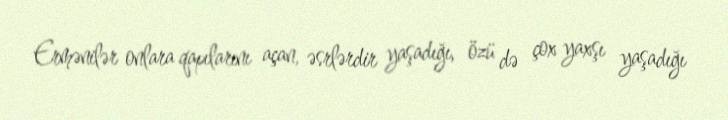
Ermənilər onlara qapılarını açan, əsrlərdir yaşadığı, özü də çox yaxşı yaşadığı